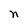
Character: n